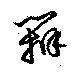
弁